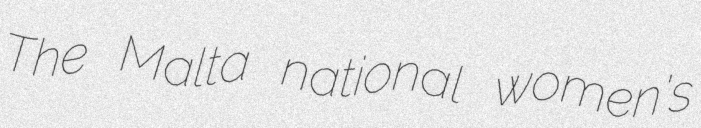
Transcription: The Malta national women's